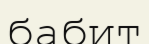
бабит